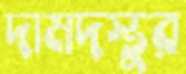
দামদস্তুর